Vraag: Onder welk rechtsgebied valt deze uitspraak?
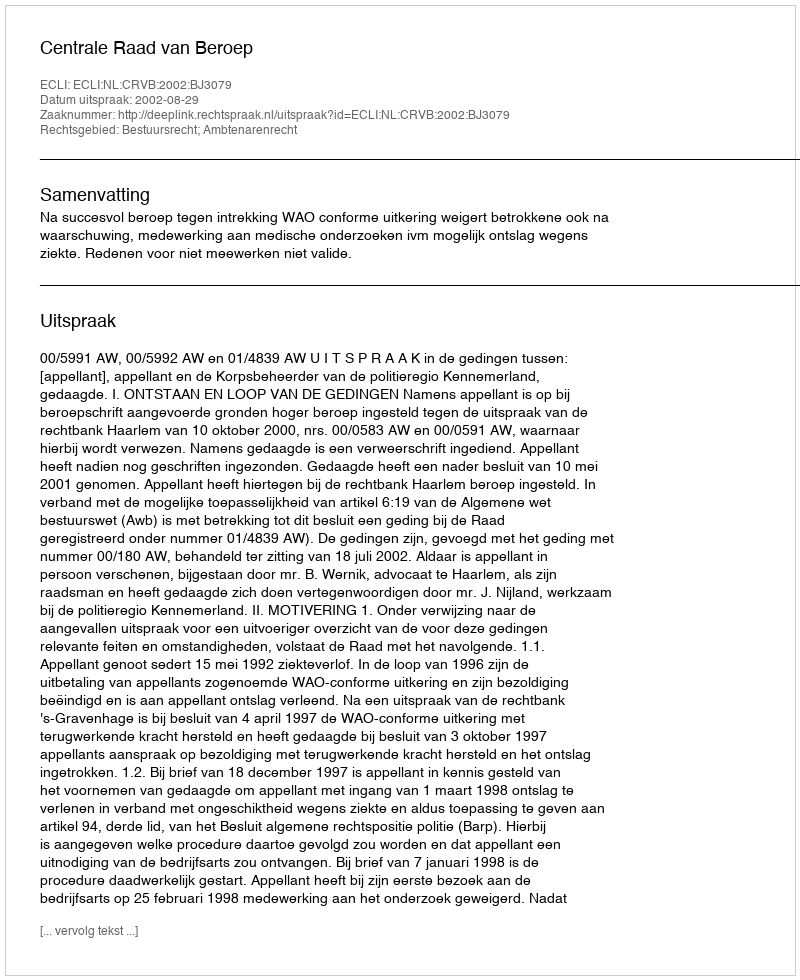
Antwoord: Bestuursrecht; Ambtenarenrecht